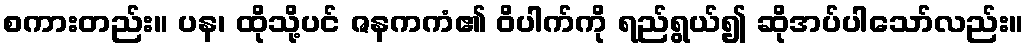
စကားတည်း။ ပန၊ ထိုသို့ပင် ဇနကကံ၏ ဝိပါက်ကို ရည်ရွယ်၍ ဆိုအပ်ပါသော်လည်း။